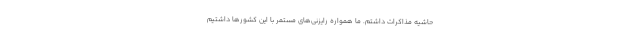
حاشیه مذاکرات داشتم. ما همواره رایزنی‌های مستمر با این کشورها داشتیم